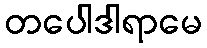
တပေါဒါရာမေ